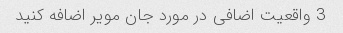
3 واقعیت اضافی در مورد جان مویر اضافه کنید